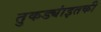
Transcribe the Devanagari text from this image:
तुकड्यांइतकी